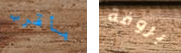
بأقرب بروفة